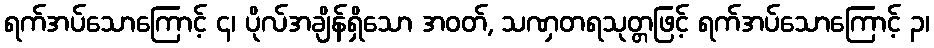
ရက်အပ်သောကြောင့် ၄၊ ပိုလ်အချိန်ရှိသော အဝတ်, သဏှတရသုတ္တဖြင့် ရက်အပ်သောကြောင့် ၃၊